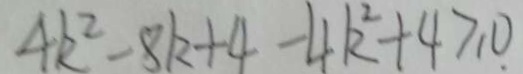
4 k ^ { 2 } - 8 k + 4 - 4 k ^ { 2 } + 4 \geq 0 .